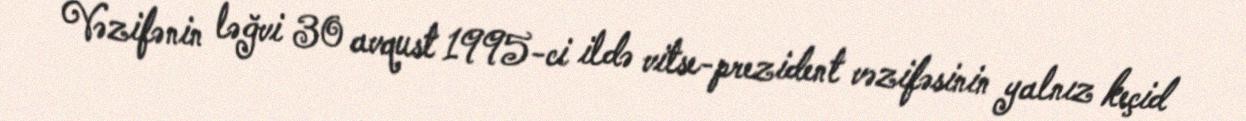
Vəzifənin ləğvi 30 avqust 1995-ci ildə vitse-prezident vəzifəsinin yalnız keçid